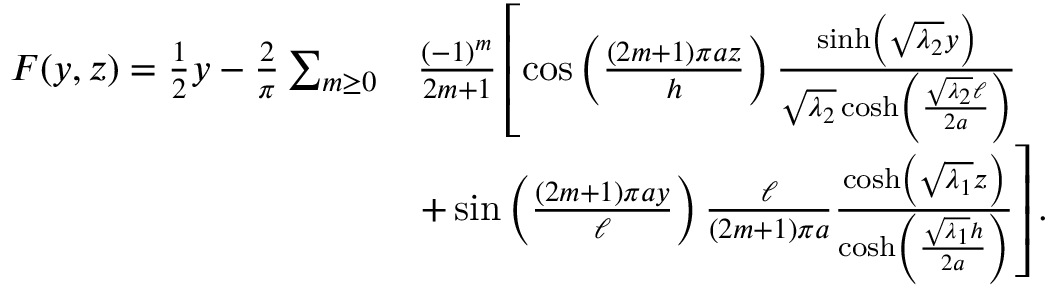
\begin{array} { r l } { F ( y , z ) = \frac { 1 } { 2 } y - \frac { 2 } { \pi } \sum _ { m \geq 0 } } & { \frac { ( - 1 ) ^ { m } } { 2 m + 1 } \left[ \cos \left( \frac { ( 2 m + 1 ) \pi a z } { h } \right) \frac { \sinh \left( \sqrt { \lambda _ { 2 } } y \right) } { \sqrt { \lambda _ { 2 } } \cosh \left( \frac { \sqrt { \lambda _ { 2 } } \ell } { 2 a } \right) } \right. } \\ & { \left. + \sin \left( \frac { ( 2 m + 1 ) \pi a y } { \ell } \right) \frac { \ell } { ( 2 m + 1 ) \pi a } \frac { \cosh \left( \sqrt { \lambda _ { 1 } } z \right) } { \cosh \left( \frac { \sqrt { \lambda _ { 1 } } h } { 2 a } \right) } \right] . } \end{array}